Vaccination in Bombay 1913-1923 - 1913-1923
Year: 1913
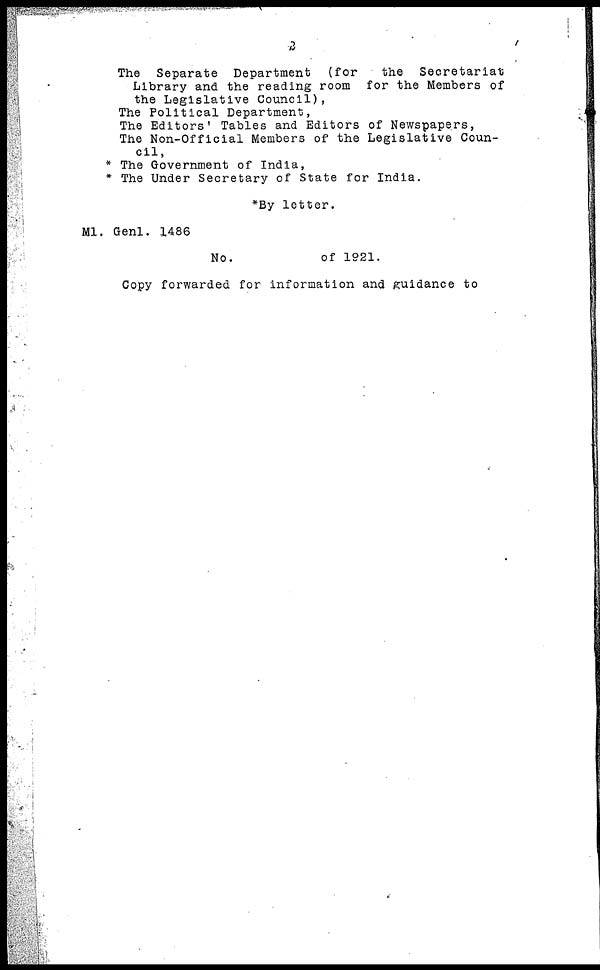
2
The Separate Department
(for
the
Secretariat
Library and the reading room for the Members of
the Legislative Council),
The Political Department,
The Editors' Tables and Editors of Newspapers,
The Non-Official Members of the Legislative Coun-
cil,
* The Government of India,
* The Under Secretary of State for India.
*By letter.
M1. Genl. 1,486
No.
of 1921.
Copy forwarded for information and guidance to